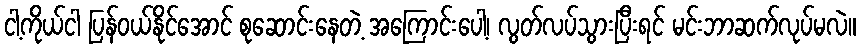
ငါ့ကိုယ်ငါ ပြန်ဝယ်နိုင်အောင် စုဆောင်းနေတဲ့ အကြောင်းပေါ့၊ လွတ်လပ်သွားပြီးရင် မင်းဘာဆက်လုပ်မလဲ။